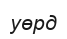
уөрд